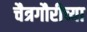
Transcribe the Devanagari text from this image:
चैत्रगौरीच्या